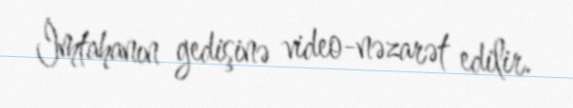
İmtahanın gedişinə video-nəzarət edilir.